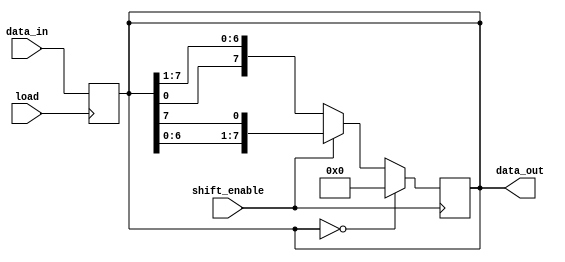
module PIPO_shift_register (
    input [7:0] data_in, // input data in parallel
    input load, // input parallel load signal
    input shift_enable, // shift enable signal
    output reg [7:0] data_out // output data in parallel
);

reg [7:0] data_reg; // register to store data

always @ (posedge load) begin
    if (load) begin
        data_reg <= data_in; // load data into register
    end
end

always @ (posedge shift_enable) begin
    if (shift_enable) begin
        if (data_reg == 8'b0) begin
            data_reg <= 8'b0; // if data is all zeros, no shift occurs
        end
        else if (shift_enable == 1'b1) begin
            data_reg <= {data_reg[6:0], data_reg[7]}; // shift left
        end
        else if (shift_enable == 1'b0) begin
            data_reg <= {data_reg[0], data_reg[7:1]}; // shift right
        end
    end
end

assign data_out = data_reg; // output data in parallel

endmodule